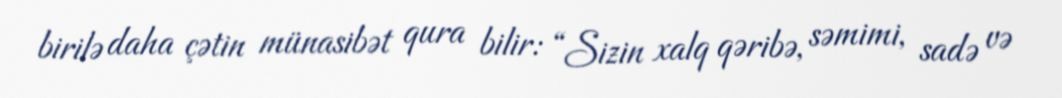
birilə daha çətin münasibət qura bilir: “Sizin xalq qəribə, səmimi, sadə və